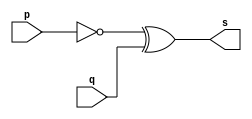
// ---------------------
// Exercico 003 - xnor
// Nome: Ailton Gomes
// ---------------------
// ---------------------
// -- xnor gate
// ---------------------
module xnorgate (output s,
input p,
input q);
assign s = (~p ^ q);
endmodule // xnor
// ---------------------
// -- test xnorgate
// ---------------------
module testxnorgate;
// ------------------------- dados locais
reg a, b; // definir registrador
wire s; // definir conexao (fio)
// ------------------------- instancia
xnorgate XNOR1 (s, a, b);
// ------------------------- preparacao
initial begin:start
a=0; //  valores binarios
b=0; //  valores binarios
end
// ------------------------- parte principal
initial begin:main
$display("Exercico 003 - Ailton Gomes - 440092");
$display("Test xnor gate");
$display("\n ~(a ^ b) = s\n");
$monitor("%b ^ %b = %b", a, b, s);
#1 a=0; b=0; // valores decimais
#1 a=1; b=0;
#1 a=0; b=1;
#1 a=1; b=1;
end
endmodule // testxorgate